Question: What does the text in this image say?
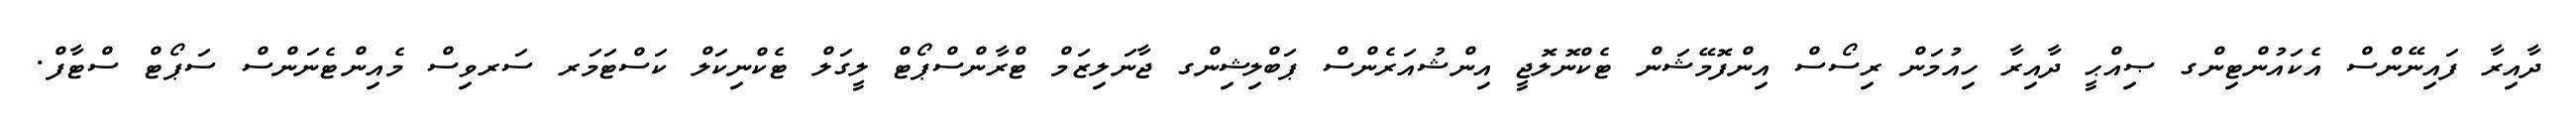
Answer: ދާއިރާ ފައިނޭންސް އެކައުންޓިންގ ޞިއްޙީ ދާއިރާ ހިއުމަން ރިސޯސް އިންފޮމޭޝަން ޓެކްނޮލޮޖީ އިންޝުއަރެންސް ޕަބްލިޝިންގ ޖާނަލިޒަމް ޓްރާންސްޕޯޓް ލީގަލް ޓެކްނިކަލް ކަސްޓަމަރ ސަރވިސް މެއިންޓެނަންސް ސަޕޯޓް ސްޓާފް.